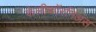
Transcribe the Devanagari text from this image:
केलीफॉरनिअंस